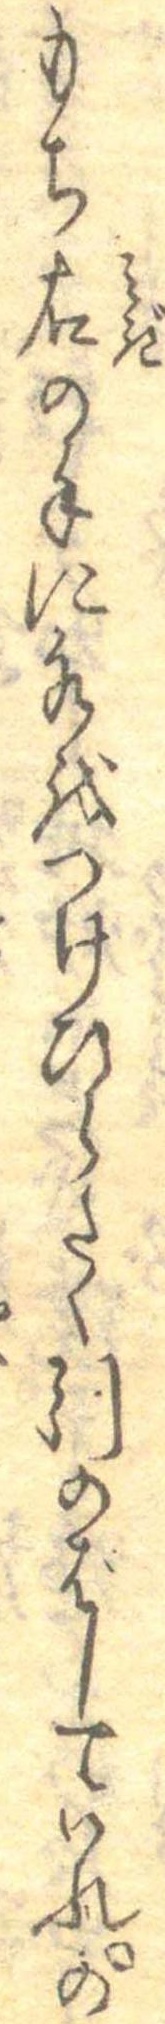
もち右の手に水をつけひらたく引のばしていれの